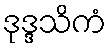
ဒုဒ္ဒသိကံ